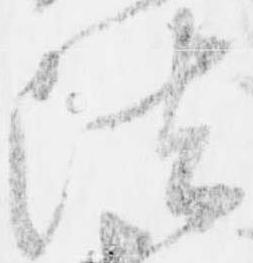
法